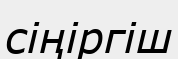
сіңіргіш